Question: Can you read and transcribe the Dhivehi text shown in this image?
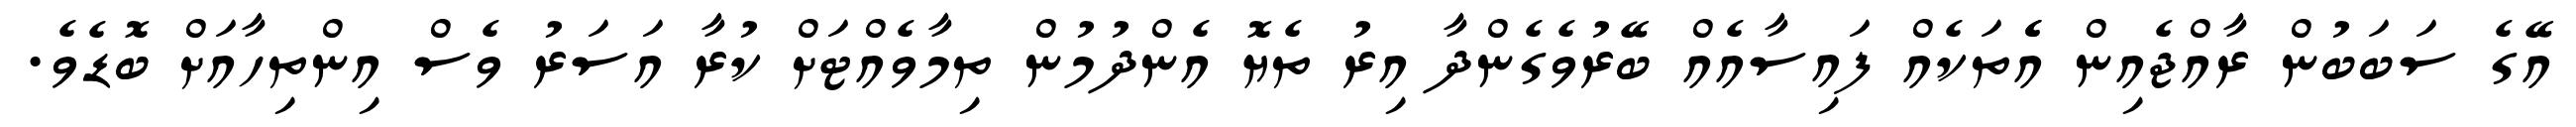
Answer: އޭގެ ސަބަބުން ރާއްޖެއިން އެެތަކެއް ފައިސާއެއް ބޭރުވެގެންދާ އިރު ތެޔޮ އެންދުމުން ތިމާވެއްޓަށް ކުރާ އަސަރު ވެސް އިންތިހާއަށް ބޮޑެވެ.